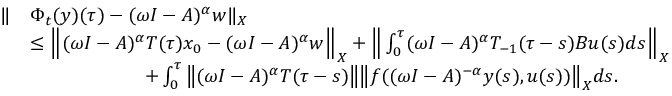
\begin{array} { r l } { \| } & { \Phi _ { t } ( y ) ( \tau ) - ( \omega I - A ) ^ { \alpha } w \| _ { X } } \\ & { \leq \Big \| ( \omega I - A ) ^ { \alpha } T ( \tau ) x _ { 0 } - ( \omega I - A ) ^ { \alpha } w \Big \| _ { X } + \Big \| \int _ { 0 } ^ { \tau } ( \omega I - A ) ^ { \alpha } T _ { - 1 } ( \tau - s ) B u ( s ) d s \Big \| _ { X } } \\ & { \qquad \qquad \qquad + \int _ { 0 } ^ { \tau } \big \| ( \omega I - A ) ^ { \alpha } T ( \tau - s ) \big \| \big \| f ( ( \omega I - A ) ^ { - \alpha } y ( s ) , u ( s ) ) \big \| _ { X } d s . } \end{array}